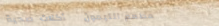
مطعم الليمون   أكلات صحية